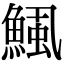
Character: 鯴